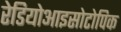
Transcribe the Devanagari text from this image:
रेडियोआइसोटोपिक